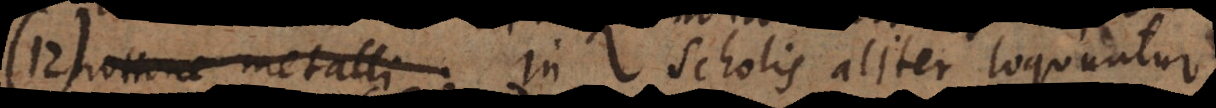
notione metalli. In scholis aliter loquuntur,